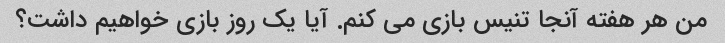
من هر هفته آنجا تنیس بازی می کنم. آیا یک روز بازی خواهیم داشت؟